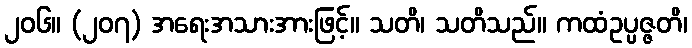
၂၀၆။ (၂၀၇) အရေးအသားအားဖြင့်။ သတိ၊ သတိသည်။ ကထံဥပ္ပဇ္ဇတိ၊